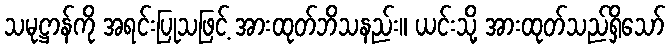
သမုဋ္ဌာန်ကို အရင်းပြုသဖြင့် အားထုတ်ဘိသနည်း။ ယင်းသို့ အားထုတ်သည်ရှိသော်